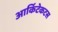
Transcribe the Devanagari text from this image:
आर्किटेकटस